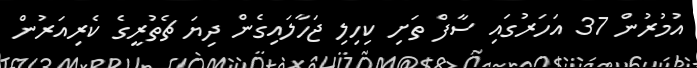
އުމުރުން 37 އަހަރުގައި ސާފް ތަށި ކިހިލި ޖަހާލައިގެން ދިޔަ ޗެތުރީގެ ކެރިއަރުން